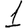
Digit: 1